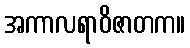
အကာလရာဝိဇာတက။